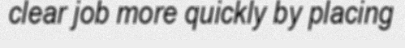
clear job more quickly by placing